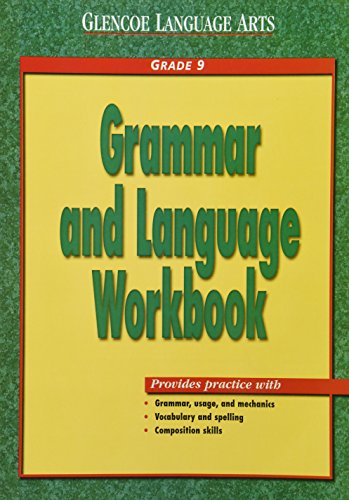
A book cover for Glencoe Language Arts Grammar And Language Workbook Grade 9; McGraw-Hill; Teen & Young Adult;